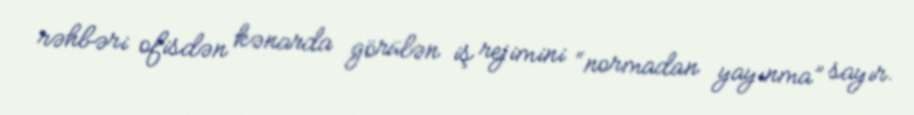
rəhbəri ofisdən kənarda görülən iş rejimini “normadan yayınma” sayır.